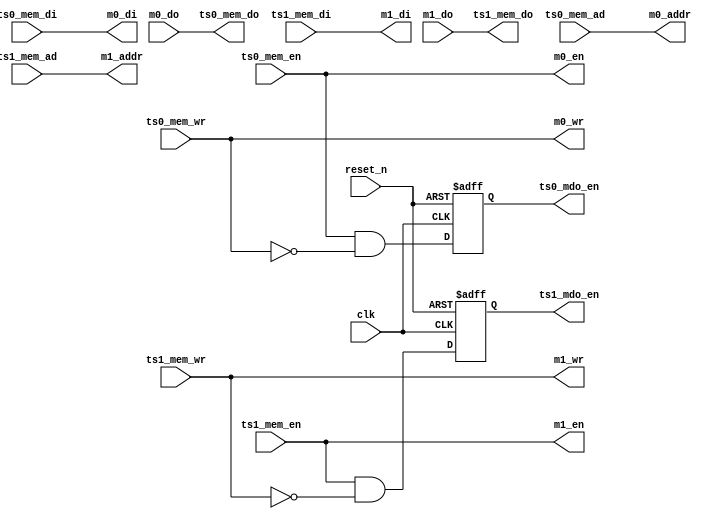
//Module
//
module byte_mem(
    clk        ,
    reset_n    ,
    ts0_mem_ad ,
    ts0_mem_di ,
    ts0_mem_do ,
    ts0_mem_en ,
    ts0_mem_wr ,
    ts0_mdo_en ,
    ts1_mem_ad ,
    ts1_mem_di ,
    ts1_mem_do ,
    ts1_mem_en ,
    ts1_mem_wr ,
    ts1_mdo_en ,
    m0_addr    ,
    m0_di      ,
    m0_en      ,
    m0_wr      ,
    m0_do      ,
    m1_addr    ,
    m1_di      ,
    m1_en      ,
    m1_wr      ,
    m1_do      
    
);

//inputs
input            clk           ;
input            reset_n       ;

output  [7:0]    ts0_mem_do    ;
output           ts0_mdo_en    ;
input  [16:0]    ts0_mem_ad    ;
input   [7:0]    ts0_mem_di    ;
input            ts0_mem_wr    ;
input            ts0_mem_en    ; 

output  [7:0]    ts1_mem_do    ;
output           ts1_mdo_en    ;
input  [16:0]    ts1_mem_ad    ;
input   [7:0]    ts1_mem_di    ;
input            ts1_mem_wr    ;
input            ts1_mem_en    ; 

output [16:0]    m0_addr       ;
output   [7:0]   m0_di         ;
output           m0_en         ;
output           m0_wr         ;
input    [7:0]   m0_do         ;

output [16:0]    m1_addr       ;
output   [7:0]   m1_di         ;
output           m1_en         ;
output           m1_wr         ;
input    [7:0]   m1_do         ;

reg              ts0_mdo_en    ;
reg              ts1_mdo_en    ;

assign m0_addr = ts0_mem_ad    ;
assign m0_di   = ts0_mem_di    ;
assign m0_en   = ts0_mem_en    ;
assign m0_wr   = ts0_mem_wr    ;
assign ts0_mem_do = m0_do      ;

assign m1_addr = ts1_mem_ad    ;
assign m1_di   = ts1_mem_di    ;
assign m1_en   = ts1_mem_en    ;
assign m1_wr   = ts1_mem_wr    ;
assign ts1_mem_do = m1_do      ;

always @ (posedge clk or negedge reset_n)
begin : ts0_mdo_en_r
    if(!reset_n)
        ts0_mdo_en <= #1 1'b0;
    else
        ts0_mdo_en <= #1 ts0_mem_en & ( !ts0_mem_wr ) ;
end

always @ (posedge clk or negedge reset_n)
begin : ts1_mdo_en_r
    if(!reset_n)
        ts1_mdo_en <= #1 1'b0;
    else
        ts1_mdo_en <= #1 ts1_mem_en & ( !ts1_mem_wr ) ;
end

endmodule